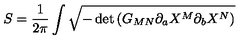
S = \frac { 1 } { 2 \pi } \int \sqrt { - \det \left( G _ { M N } \partial _ { a } X ^ { M } \partial _ { b } X ^ { N } \right) }